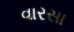
વારસા